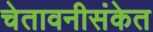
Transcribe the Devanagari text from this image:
चेतावनीसंकेत